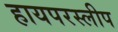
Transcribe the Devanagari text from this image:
हायपरस्लीप